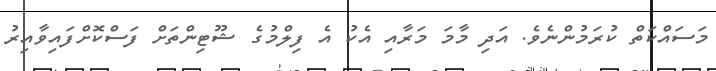
މަސައްކަތް ކުރަމުންނެވެ. އަދި މާމަ މަރާއި އެކު އެ ފިލްމުގެ ޝޫޓިންތަށް ފަސްކޮށްފައިވާއިރު